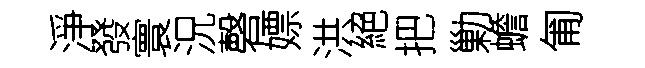
淨發寰況磬嫖洪絕把勦蟾匍